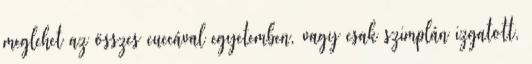
meglehet az összes cuccával egyetemben, vagy csak szimplán izgatott,